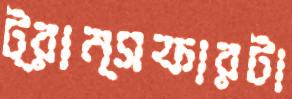
ট্রান্সফারটা